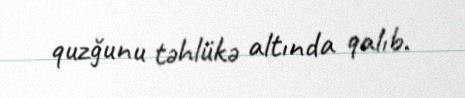
quzğunu təhlükə altında qalıb.